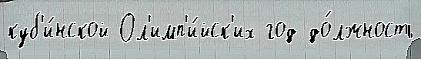
куб'и́нской Ол'имп'и́йск'их год до́лжность